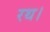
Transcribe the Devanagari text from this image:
रथ।